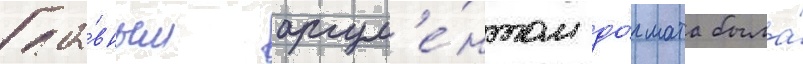
Гла́вным аргум'е́нтом до́гмата была́